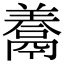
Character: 𩱁